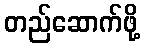
တည်ဆောက်ဖို့